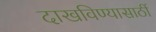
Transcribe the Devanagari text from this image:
दाखविण्यासाठीं